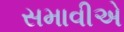
સમાવીએ